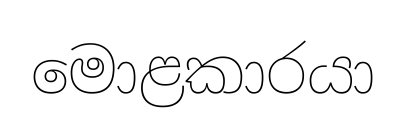
මොළකාරයා